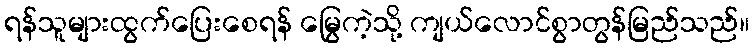
ရန်သူများထွက်ပြေးစေရန် မြွေကဲ့သို့ ကျယ်လောင်စွာတွန်မြည်သည်။